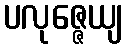
ပလုဇ္ဇေယျ